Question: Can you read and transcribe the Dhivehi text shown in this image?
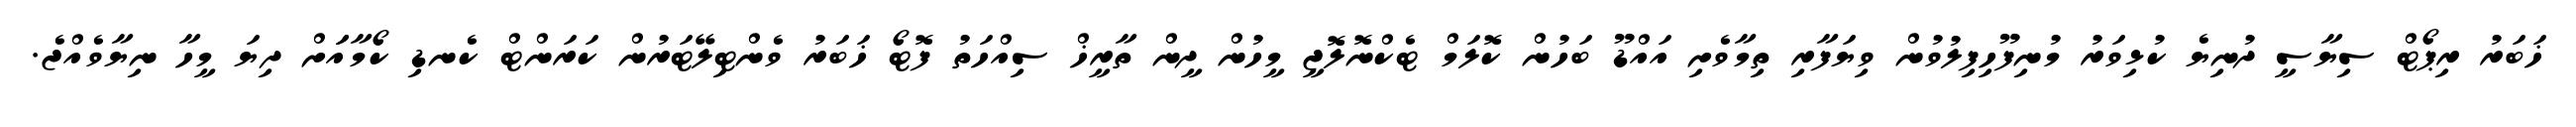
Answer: ޚަބަރު ރިޕޯޓް ސިޔާސީ ދުނިޔެ ކުޅިވަރު މުނިފޫހިފިލުވުން ވިޔަފާރި ތިމާވެށި އައްޑޫ ބަހުން ކޮލަމް ޓެކްނޮލޮޖީ މީހުން ދީން ތާރީޚް ސިއްހަތު ފޮޓޯ ޚަބަރު ވެންޓިލޭޓަރުން ކަރަންޓް ކެނޑި ކޯމާއަަށް ދިޔަ މީހާ ނިޔާވެއްޖެ.